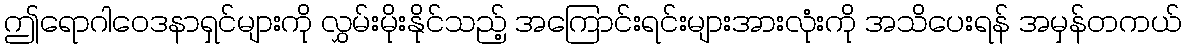
ဤရောဂါဝေဒနာရှင်များကို လွှမ်းမိုးနိုင်သည့် အကြောင်းရင်းများအားလုံးကို အသိပေးရန် အမှန်တကယ်